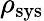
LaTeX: \rho_{\textrm{sys}}